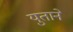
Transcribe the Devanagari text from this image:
युताने